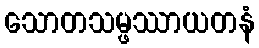
သောတသမ္ဖဿာယတနံ